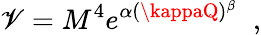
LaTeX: \mathscr{V}=M^{4}e^{\alpha(\kappaQ)^{\beta}}\; \; ,